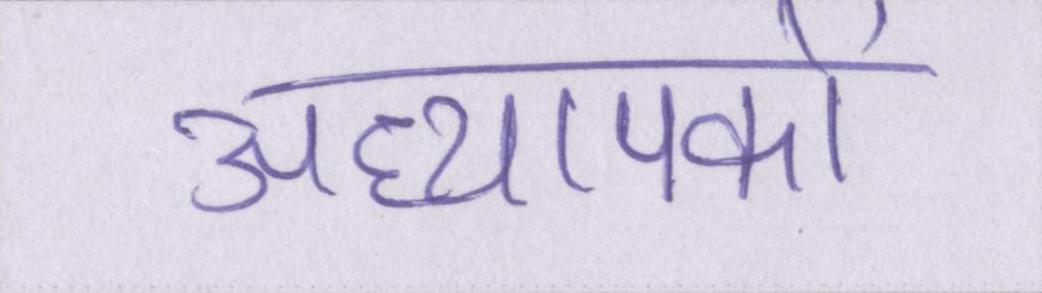
अध्यापकों